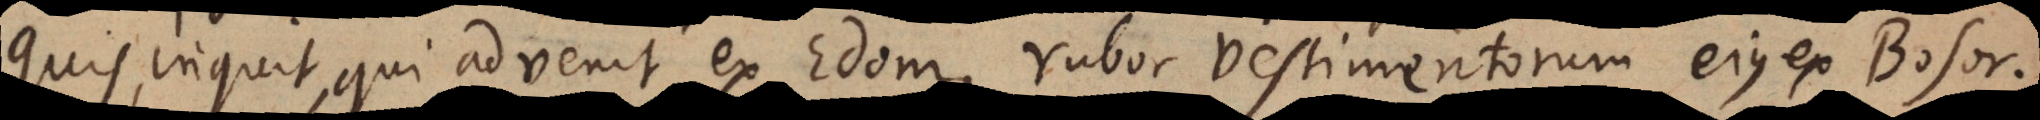
Quis, inquit, qui advenit ex Edom, rubor vestimentorum ejus ex Bosor,